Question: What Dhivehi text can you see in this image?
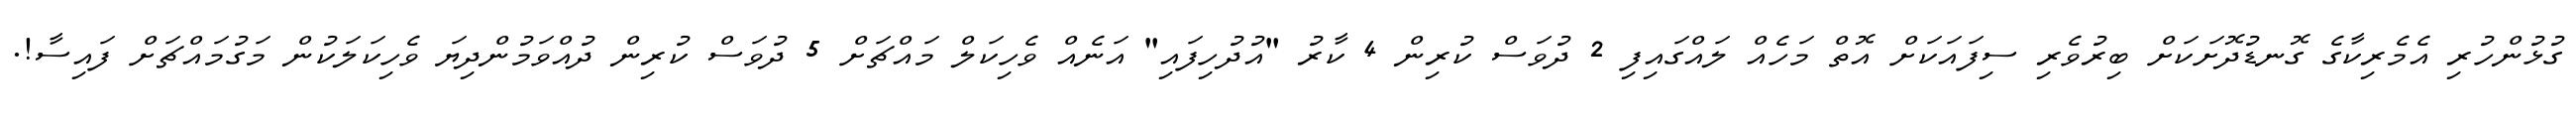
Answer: ގުޅުންހުރި އެމެރިކާގެ ގޮނޑުދޮށަކަށް ބިރުވެރި ސިފައަކަށް އޮތް މަހެއް ލައްގައިފި 2 ދުވަސް ކުރިން 4 ކާރު "އުދުހިފައި" އަނެއް ވެހިކަލް މައްޗަށް 5 ދުވަސް ކުރިން ދުއްވަމުންދިޔަ ވެހިކަލަކުން މަގުމައްޗަށް ފައިސާ!.